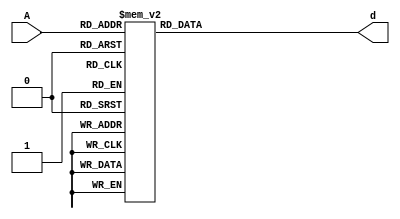
`timescale 10ns / 1ps
module boothEncode(A,d);
input[2:0] A;
output reg[2:0] d;
always @(*)
begin
	case(A)
		3'B000: d = 3'b000;
		3'B001: d = 3'b001;
		3'B010: d = 3'b001;
		3'B011: d = 3'b010;
		3'B100: d = 3'b110;
		3'B101: d = 3'b111;
		3'B110: d = 3'b111;
		3'B111: d = 3'b000;
	endcase
end

endmodule